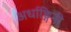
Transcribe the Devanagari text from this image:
अर्धाङ्गिनी